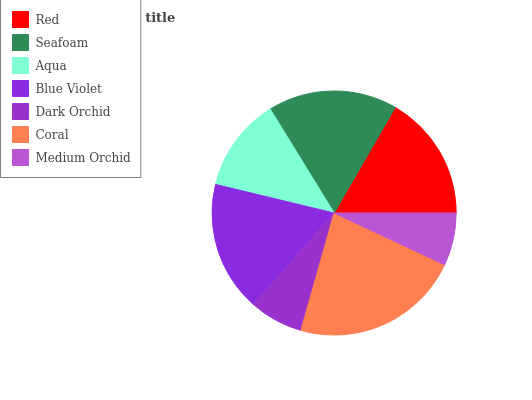
| Red | Seafoam | Aqua | Blue Violet | Dark Orchid | Coral | Medium Orchid |
 | --- | --- | --- | --- | --- | --- | --- |
 | 16.7% | 17.2% | 12.5% | 17.2% | 7.12% | 22.4% | 6.96% |